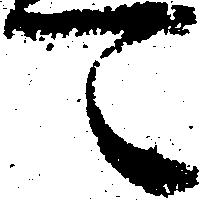
可